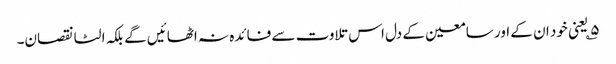
۵؎ یعنی خود ان کے اور سامعین کے دل اس تلاوت سے فائدہ نہ اٹھائیں گے بلکہ الٹا نقصان۔